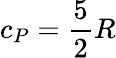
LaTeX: c_{P}={\frac{5}{2}}R